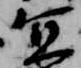
宜